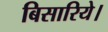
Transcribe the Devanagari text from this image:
बिसारिये।